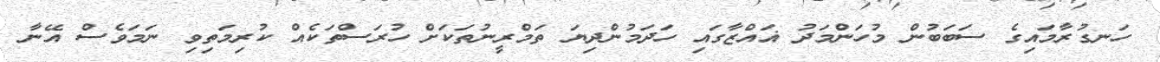
ހަނގުރާމައިގެ ސަބަބުން މުހަންމަދު ޣައްޒާގައި ހަދަމުންދިޔަ ތަމްރީނުތަކަށް ހުރަސްތަކެއް ކުރިމަތިވި ނަމަވެސް އޭނާ